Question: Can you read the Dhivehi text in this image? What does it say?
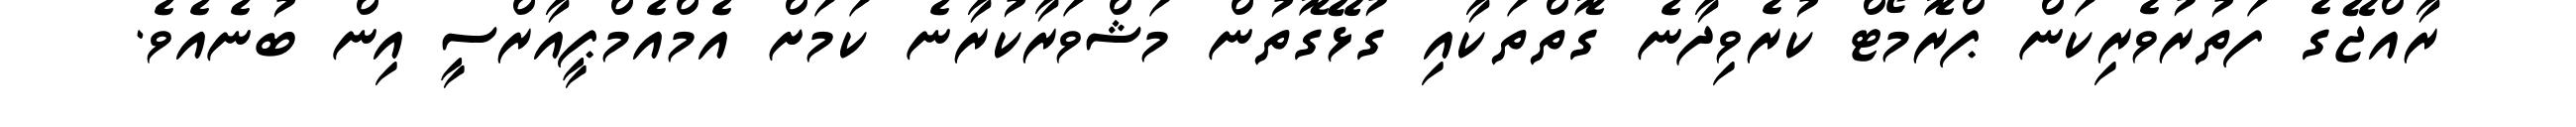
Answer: ރާއްޖޭގެ ފަތުރުވެރިކަން ޕްރޮމޯޓް ކުރެވިދާނެ ގޮތްތަކާއި ގުޅޭގޮތުން މަޝްވަރާކުރާނެ ކަމަށް އެމްއެމްޕީއާރްސީ އިން ބުނެއެވެ.